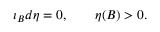
\iota _ { B } d \eta = 0 , \qquad \eta ( B ) > 0 .